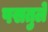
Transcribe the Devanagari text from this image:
पसतुले